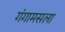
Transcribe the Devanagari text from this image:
गंगामसला